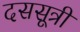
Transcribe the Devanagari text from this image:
दससूत्री